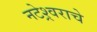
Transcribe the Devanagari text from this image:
नटेश्र्वराचे